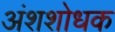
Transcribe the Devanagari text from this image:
अंशशोधक